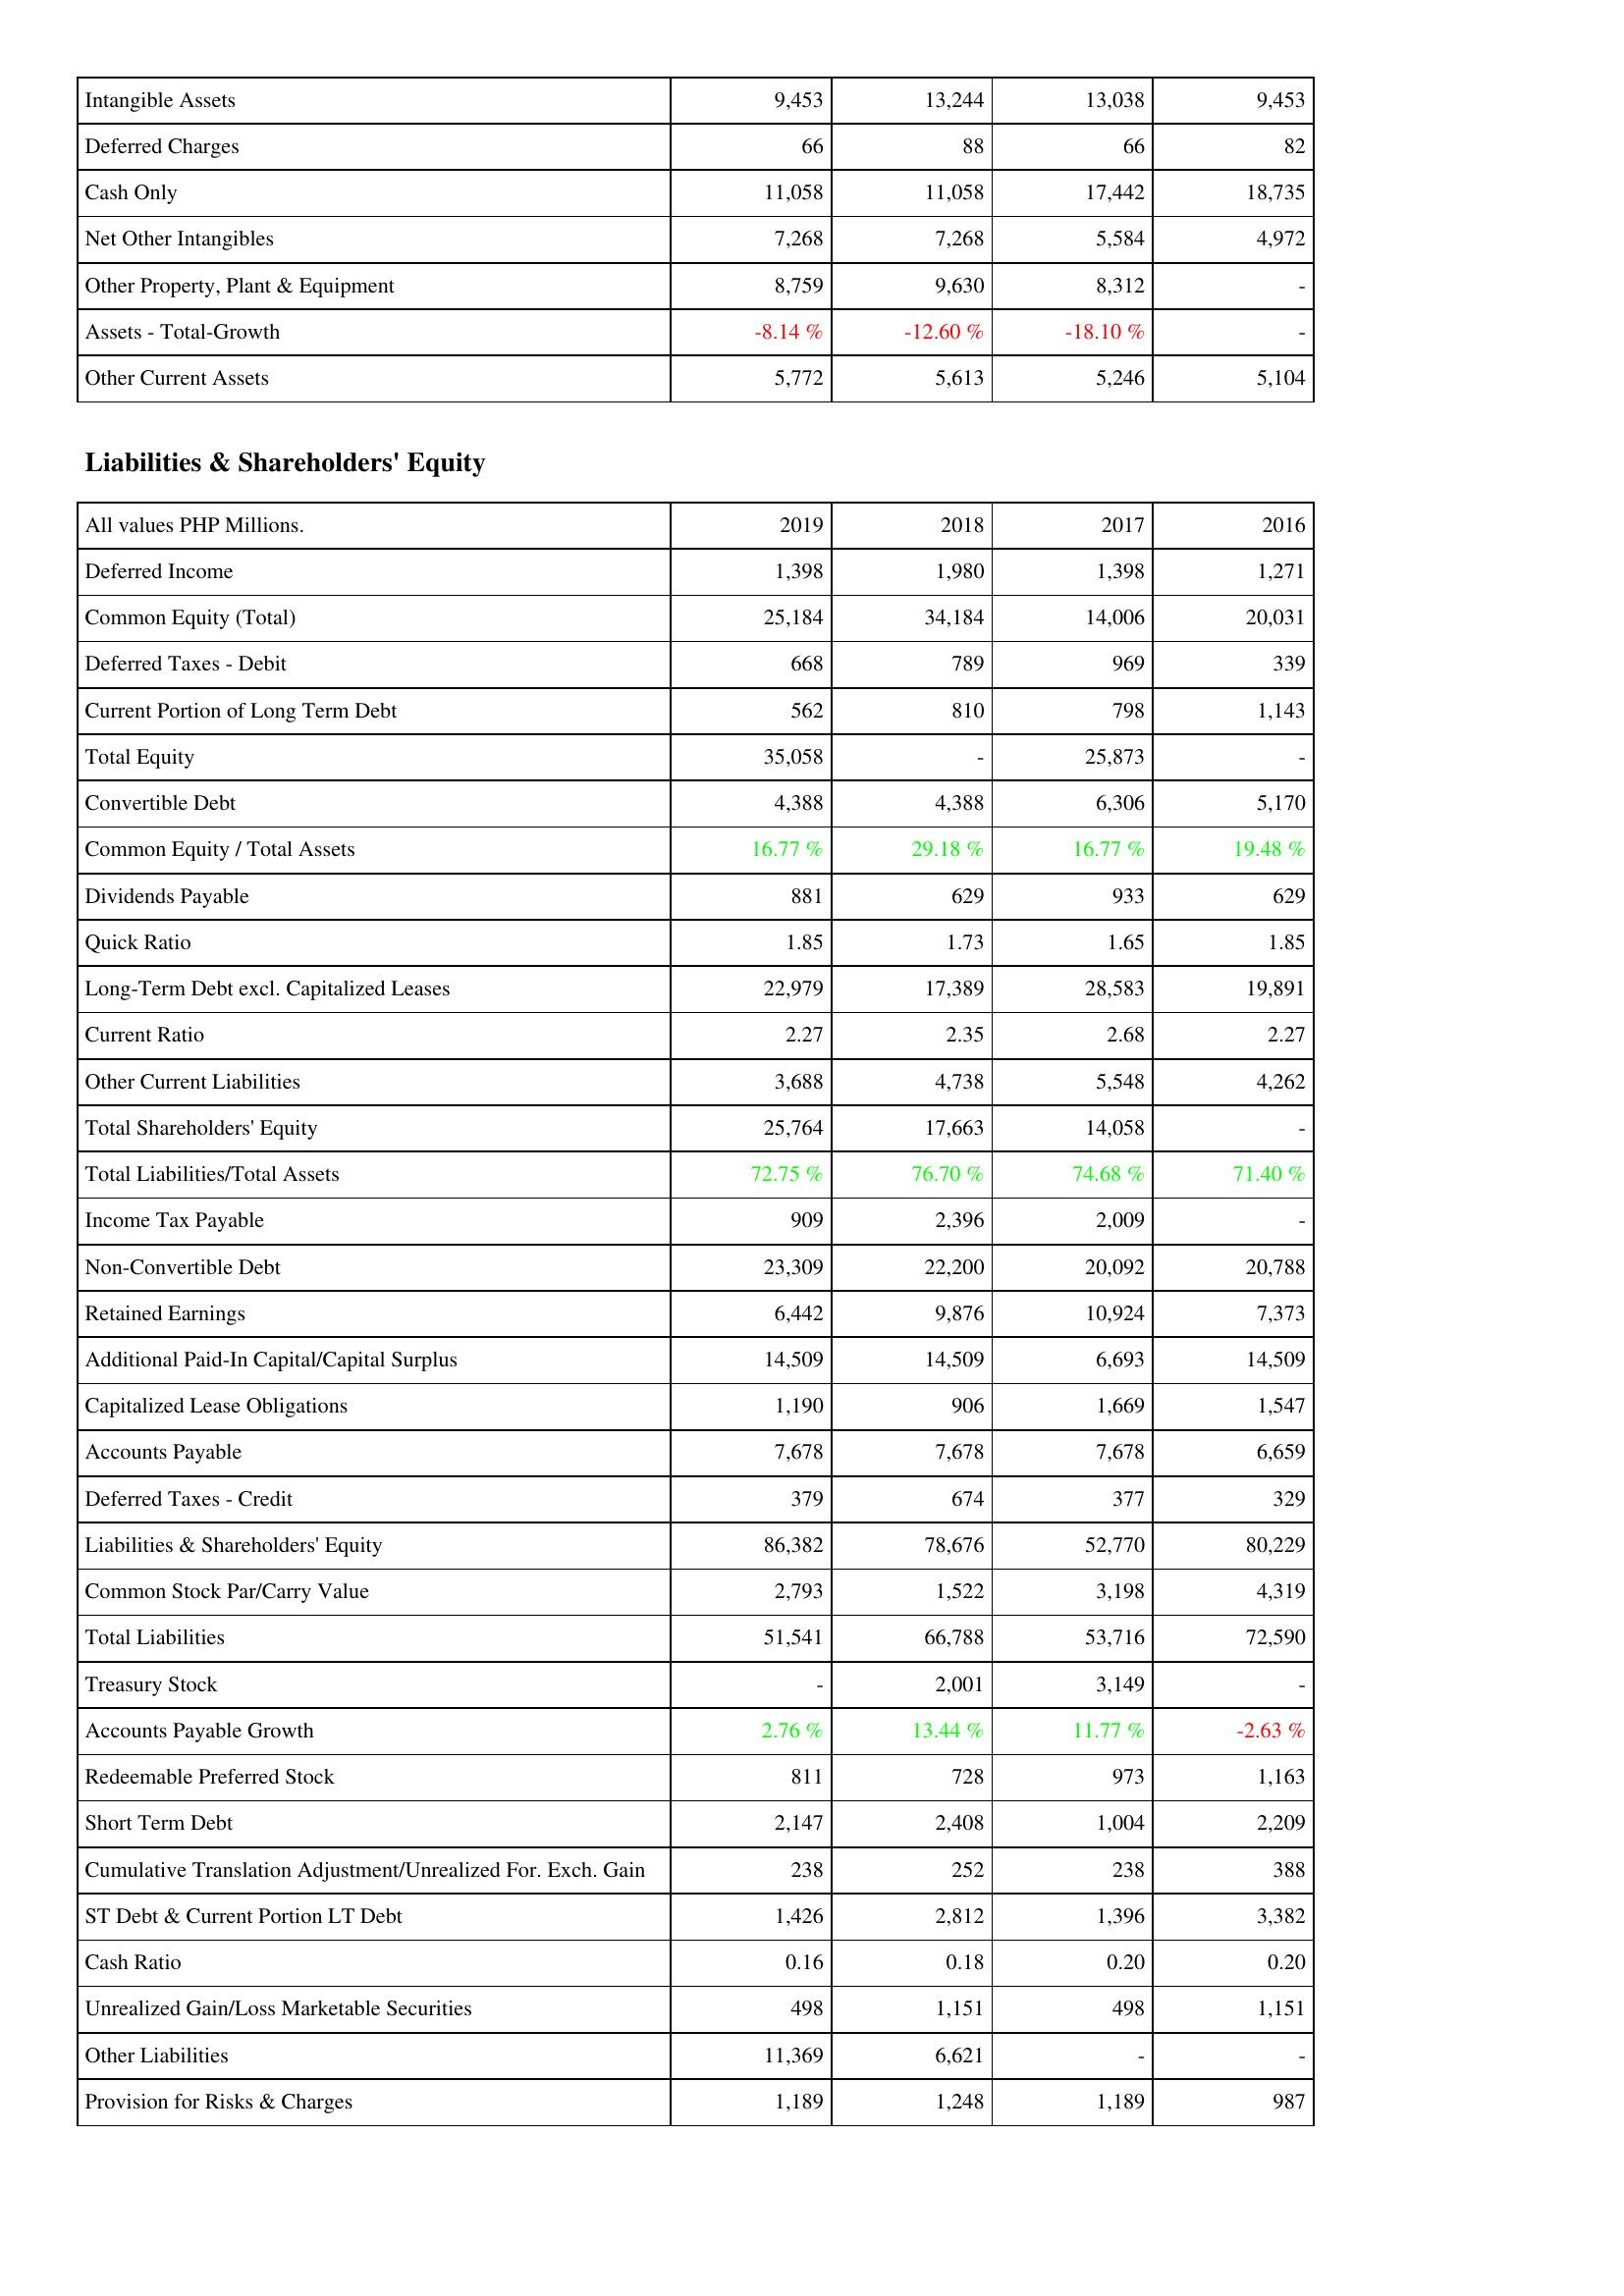
2019: Assets: Intangible Assets: 9,453
Deferred Charges: 66
Cash Only: 11,058
Net Other Intangibles: 7,268
Other Property, Plant & Equipment: 8,759
Assets - Total-Growth: -8.14 %
Other Current Assets: 5,772
Liabilities & Shareholders' Equity: Deferred Income: 1,398
Common Equity (Total): 25,184
Deferred Taxes - Debit: 668
Current Portion of Long Term Debt: 562
Total Equity: 35,058
Convertible Debt: 4,388
Common Equity / Total Assets: 16.77 %
Dividends Payable: 881
Quick Ratio: 1.85
Long-Term Debt excl. Capitalized Leases: 22,979
Current Ratio: 2.27
Other Current Liabilities: 3,688
Total Shareholders' Equity: 25,764
Total Liabilities/Total Assets: 72.75 %
Income Tax Payable: 909
Non-Convertible Debt: 23,309
Retained Earnings: 6,442
Additional Paid-In Capital/Capital Surplus: 14,509
Capitalized Lease Obligations: 1,190
Accounts Payable: 7,678
Deferred Taxes - Credit: 379
Liabilities & Shareholders' Equity: 86,382
Common Stock Par/Carry Value: 2,793
Total Liabilities: 51,541
Treasury Stock: -
Accounts Payable Growth: 2.76 %
Redeemable Preferred Stock: 811
Short Term Debt: 2,147
Cumulative Translation Adjustment/Unrealized For. Exch. Gain: 238
ST Debt & Current Portion LT Debt: 1,426
Cash Ratio: 0.16
Unrealized Gain/Loss Marketable Securities: 498
Other Liabilities: 11,369
Provision for Risks & Charges: 1,189
2018: Assets: Intangible Assets: 13,244
Deferred Charges: 88
Cash Only: 11,058
Net Other Intangibles: 7,268
Other Property, Plant & Equipment: 9,630
Assets - Total-Growth: -12.60 %
Other Current Assets: 5,613
Liabilities & Shareholders' Equity: Deferred Income: 1,980
Common Equity (Total): 34,184
Deferred Taxes - Debit: 789
Current Portion of Long Term Debt: 810
Total Equity: -
Convertible Debt: 4,388
Common Equity / Total Assets: 29.18 %
Dividends Payable: 629
Quick Ratio: 1.73
Long-Term Debt excl. Capitalized Leases: 17,389
Current Ratio: 2.35
Other Current Liabilities: 4,738
Total Shareholders' Equity: 17,663
Total Liabilities/Total Assets: 76.70 %
Income Tax Payable: 2,396
Non-Convertible Debt: 22,200
Retained Earnings: 9,876
Additional Paid-In Capital/Capital Surplus: 14,509
Capitalized Lease Obligations: 906
Accounts Payable: 7,678
Deferred Taxes - Credit: 674
Liabilities & Shareholders' Equity: 78,676
Common Stock Par/Carry Value: 1,522
Total Liabilities: 66,788
Treasury Stock: 2,001
Accounts Payable Growth: 13.44 %
Redeemable Preferred Stock: 728
Short Term Debt: 2,408
Cumulative Translation Adjustment/Unrealized For. Exch. Gain: 252
ST Debt & Current Portion LT Debt: 2,812
Cash Ratio: 0.18
Unrealized Gain/Loss Marketable Securities: 1,151
Other Liabilities: 6,621
Provision for Risks & Charges: 1,248
2017: Assets: Intangible Assets: 13,038
Deferred Charges: 66
Cash Only: 17,442
Net Other Intangibles: 5,584
Other Property, Plant & Equipment: 8,312
Assets - Total-Growth: -18.10 %
Other Current Assets: 5,246
Liabilities & Shareholders' Equity: Deferred Income: 1,398
Common Equity (Total): 14,006
Deferred Taxes - Debit: 969
Current Portion of Long Term Debt: 798
Total Equity: 25,873
Convertible Debt: 6,306
Common Equity / Total Assets: 16.77 %
Dividends Payable: 933
Quick Ratio: 1.65
Long-Term Debt excl. Capitalized Leases: 28,583
Current Ratio: 2.68
Other Current Liabilities: 5,548
Total Shareholders' Equity: 14,058
Total Liabilities/Total Assets: 74.68 %
Income Tax Payable: 2,009
Non-Convertible Debt: 20,092
Retained Earnings: 10,924
Additional Paid-In Capital/Capital Surplus: 6,693
Capitalized Lease Obligations: 1,669
Accounts Payable: 7,678
Deferred Taxes - Credit: 377
Liabilities & Shareholders' Equity: 52,770
Common Stock Par/Carry Value: 3,198
Total Liabilities: 53,716
Treasury Stock: 3,149
Accounts Payable Growth: 11.77 %
Redeemable Preferred Stock: 973
Short Term Debt: 1,004
Cumulative Translation Adjustment/Unrealized For. Exch. Gain: 238
ST Debt & Current Portion LT Debt: 1,396
Cash Ratio: 0.20
Unrealized Gain/Loss Marketable Securities: 498
Other Liabilities: -
Provision for Risks & Charges: 1,189
2016: Assets: Intangible Assets: 9,453
Deferred Charges: 82
Cash Only: 18,735
Net Other Intangibles: 4,972
Other Property, Plant & Equipment: -
Assets - Total-Growth: -
Other Current Assets: 5,104
Liabilities & Shareholders' Equity: Deferred Income: 1,271
Common Equity (Total): 20,031
Deferred Taxes - Debit: 339
Current Portion of Long Term Debt: 1,143
Total Equity: -
Convertible Debt: 5,170
Common Equity / Total Assets: 19.48 %
Dividends Payable: 629
Quick Ratio: 1.85
Long-Term Debt excl. Capitalized Leases: 19,891
Current Ratio: 2.27
Other Current Liabilities: 4,262
Total Shareholders' Equity: -
Total Liabilities/Total Assets: 71.40 %
Income Tax Payable: -
Non-Convertible Debt: 20,788
Retained Earnings: 7,373
Additional Paid-In Capital/Capital Surplus: 14,509
Capitalized Lease Obligations: 1,547
Accounts Payable: 6,659
Deferred Taxes - Credit: 329
Liabilities & Shareholders' Equity: 80,229
Common Stock Par/Carry Value: 4,319
Total Liabilities: 72,590
Treasury Stock: -
Accounts Payable Growth: -2.63 %
Redeemable Preferred Stock: 1,163
Short Term Debt: 2,209
Cumulative Translation Adjustment/Unrealized For. Exch. Gain: 388
ST Debt & Current Portion LT Debt: 3,382
Cash Ratio: 0.20
Unrealized Gain/Loss Marketable Securities: 1,151
Other Liabilities: -
Provision for Risks & Charges: 987